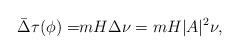
LaTeX: \begin{align*}\bar\Delta\tau(\phi)=&mH\Delta\nu=mH|A|^2\nu,\end{align*}